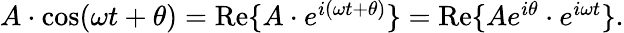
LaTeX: \begin{array}{r}{A\cdot\cos(\omega t+\theta)=\operatorname{Re}\{ A\cdot e^{i(\omega t+\theta)}\} =\operatorname{Re}\{ Ae^{i\theta}\cdot e^{i\omega t}\} .}\end{array}